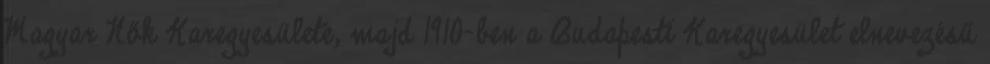
Magyar Nők Karegyesülete, majd 1910-ben a Budapesti Karegyesület elnevezésű